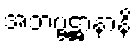
အဘဗ္ဗဋ္ဌာနာနိ